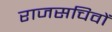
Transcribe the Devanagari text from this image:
राजसचिवों